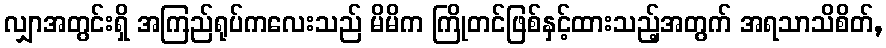
လျှာအတွင်းရှိ အကြည်ရုပ်ကလေးသည် မိမိက ကြိုတင်ဖြစ်နှင့်ထားသည့်အတွက် အရသာသိစိတ်,